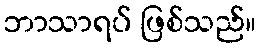
ဘာသာရပ် ဖြစ်သည်။